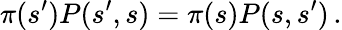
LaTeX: \pi(s^{\prime})P(s^{\prime},s)=\pi(s)P(s,s^{\prime})\, .